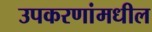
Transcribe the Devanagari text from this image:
उपकरणांमधील